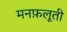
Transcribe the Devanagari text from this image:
मनफ़लूती